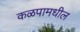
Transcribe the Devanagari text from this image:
कळपामधील